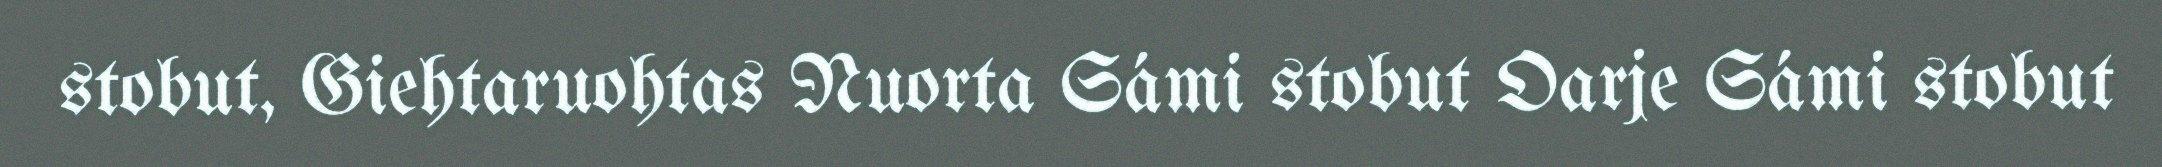
stobut, Giehtaruohtas Nuorta Sámi stobut Oarje Sámi stobut